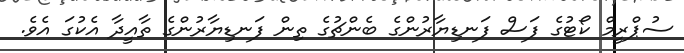
ސުޕްރީމް ކޯޓުގެ ފަސް ފަނޑިޔާރުންގެ ބެންޗުގެ ތިން ފަނޑިޔާރުންގެ ތާއީދާ އެކުގަ އެވެ.